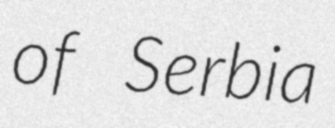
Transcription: of Serbia